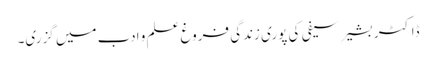
ڈاکٹر بشیر سیفی کی پوری زندگی فروغ علم و ادب میں گزری۔